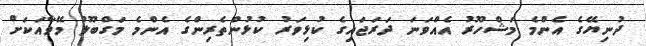
ދުނިޔޭގެ އެންމެ މަޝްހޫރު އެއްވަނަ ދަރަޖައިގެ ކުޅިވަރު ކުޅުންތެރިންގެ އެންމެ މަގްބޫލު މޭވާއަކަށް